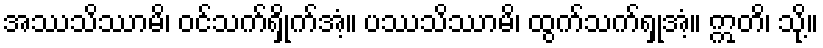
အဿသိဿာမိ၊ ဝင်သက်ရှိုက်အံ့။ ပဿသိဿာမိ၊ ထွက်သက်ရှုအံ့။ ဣတိ၊ သို့။